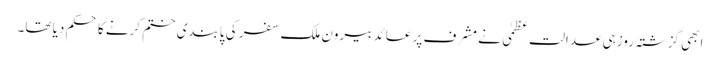
ابھی گزشتہ روز ہی عدالت عظمٰی نے مشرف پر عائد بیرون ملک سفر کی پابندی ختم کرنے کا حکم دیا تھا۔